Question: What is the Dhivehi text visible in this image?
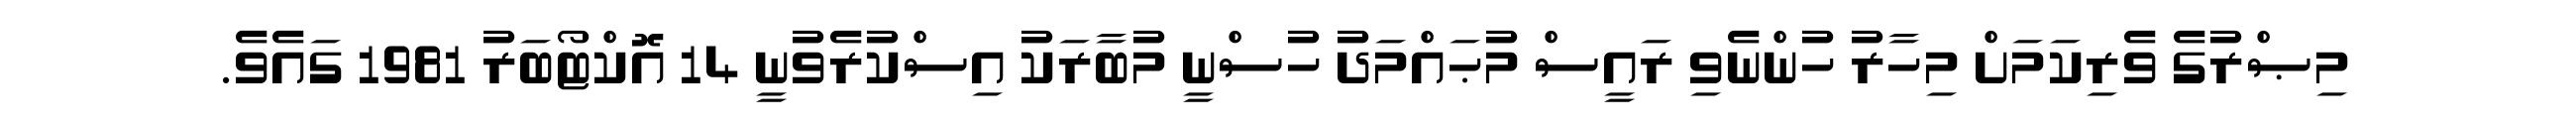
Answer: މިޞްރުގެ ވެރިކަމަށް މިހާރު ހުންނެވި ރައީސް މުޙައްމަދު ހުސްނީ މުބާރަކު އިސްކުރެވުނީ 14 އޮކްޓޯބަރު 1981 ގައެވެ.